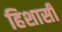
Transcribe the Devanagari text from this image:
हिशासी